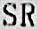
SR